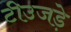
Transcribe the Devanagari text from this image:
टीउजड़े